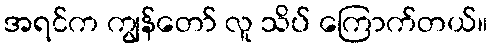
အရင်က ကျွန်တော် လူ သိပ် ကြောက်တယ်။